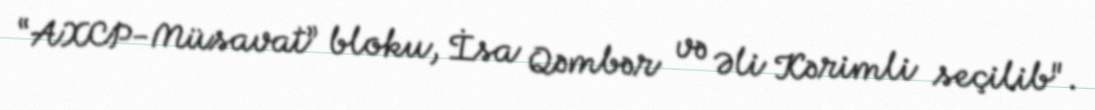
“AXCP-Müsavat” bloku, İsa Qəmbər və Əli Kərimli seçilib".